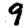
Digit: 9